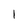
Character: 1